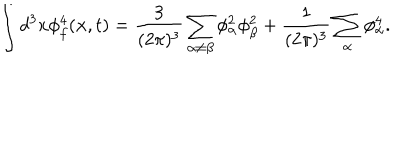
LaTeX: \int d ^ { 3 } x \phi _ { f } ^ { 4 } ( { \bf x } , t ) = \frac { 3 } { ( 2 \pi ) ^ { 3 } } \sum _ { \alpha \neq \beta } \phi _ { \alpha } ^ { 2 } \phi _ { \beta } ^ { 2 } + \frac { 1 } { ( 2 \pi ) ^ { 3 } } \sum _ { \alpha } \phi _ { \alpha } ^ { 4 } .